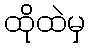
ထိုထဲမှ